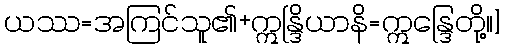
ယဿ=အကြင်သူ၏+ဣန္ဒြိယာနိ=ဣန္ဒြေတို့။]